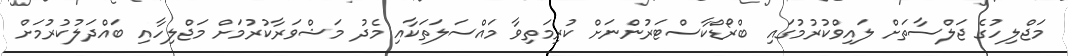
މަޖްލިހުގެ ޖަލްސާތަށް ލައިވްކުރުމުގައި ބްރޯޑްކާސްޓަރުންނަށް ކުރިމަތިވާ މައްސަލަތަކާއި މެދު މަޝްވަރާކުރުމަށް މަޖްލިހާއި ބައްދަލުކުރުމަށް